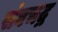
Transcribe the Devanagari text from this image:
संघभद्र